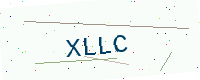
Text: XLLC